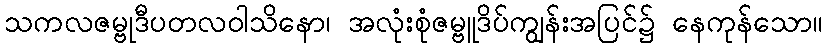
သကလဇမ္ဗုဒီပတလဝါသိနော၊ အလုံးစုံဇမ္ဗူဒိပ်ကျွန်းအပြင်၌ နေကုန်သော။